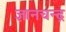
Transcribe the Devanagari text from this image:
ज्ञानचन्द्र